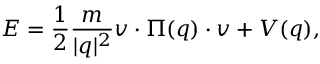
E = \frac { 1 } { 2 } \frac { m } { \vert q \vert ^ { 2 } } v \cdot \Pi ( q ) \cdot v + V ( q ) ,